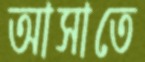
আসাতে